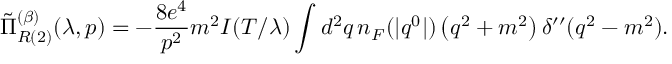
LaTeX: \tilde { \Pi } _ { R { ( 2 ) } } ^ { ( \beta ) } ( \lambda , p ) = - \frac { 8 e ^ { 4 } } { p ^ { 2 } } m ^ { 2 } I ( T / \lambda ) \int d ^ { 2 } q \, n _ { F } ( | q ^ { 0 } | ) \left( q ^ { 2 } + m ^ { 2 } \right) \delta ^ { \prime \prime } ( q ^ { 2 } - m ^ { 2 } ) .